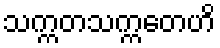
သက္ကတသက္ကတေဟိ